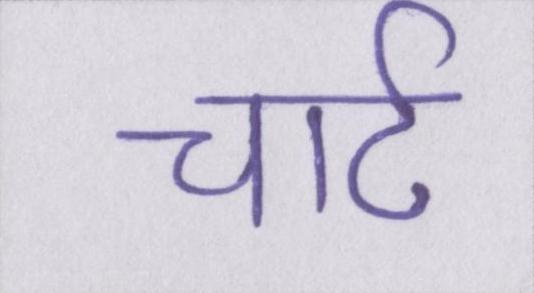
चार्ट